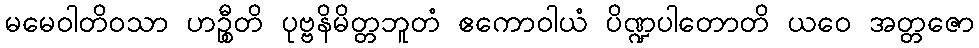
မမေဝါတိဝသာ ဟဉ္စီတိ ပုဗ္ဗနိမိတ္တဘူတံ ဧကောဝါယံ ပိဏ္ဍပါတောတိ ယဝေ အတ္တဇော